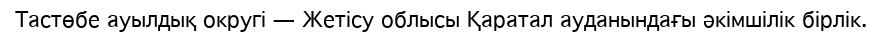
Тастөбе ауылдық округі — Жетісу облысы Қаратал ауданындағы әкімшілік бірлік.